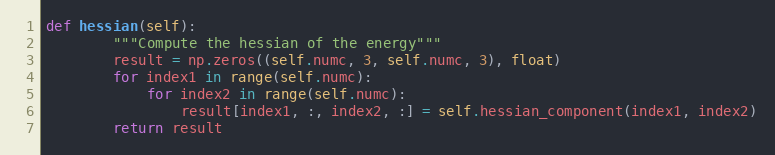
Language: Python
def hessian(self):
        """Compute the hessian of the energy"""
        result = np.zeros((self.numc, 3, self.numc, 3), float)
        for index1 in range(self.numc):
            for index2 in range(self.numc):
                result[index1, :, index2, :] = self.hessian_component(index1, index2)
        return result